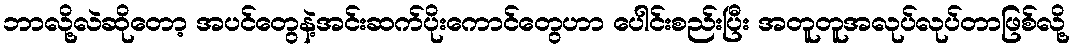
ဘာလို့လဲဆိုတော့ အပင်တွေနဲ့အင်းဆက်ပိုးကောင်တွေဟာ ပေါင်းစည်းပြီး အတူတူအလုပ်လုပ်တာဖြစ်လို့